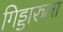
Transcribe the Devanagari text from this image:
गिड्डारुला